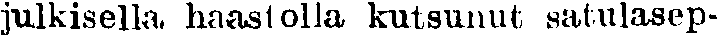
julkisella, haastolla kutsunut satulasep-